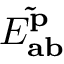
E _ { \mathbf { a b } } ^ { \mathbf { \tilde { p } } }